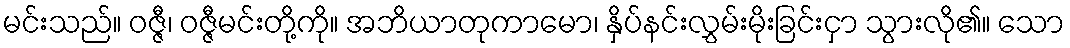
မင်းသည်။ ဝဇ္ဇီ၊ ဝဇ္ဇီမင်းတို့ကို။ အဘိယာတုကာမော၊ နှိပ်နင်းလွှမ်းမိုးခြင်းငှာ သွားလို၏။ သော